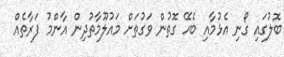
ބޮލުގައި ގޯނި އެޅުމާއި ބެހޭ ގޮތުން ވަގުތަށް މައުލޫމާތުދިން އާންމު ފަރާތެއް